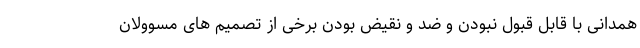
همدانی با قابل قبول نبودن و ضد و نقیض بودن برخی از تصمیم های مسوولان